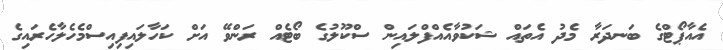
އެއާޕޯޓްގެ ބަނދަރާ މެދު އެތައް ޝަކުވާއެއްފްލައިން ސްކޫލުގެ ބޯޓެއް ރަންވޭ އަށް ކަހާލައިފިއިސްމެހެލާހެރައިގެ